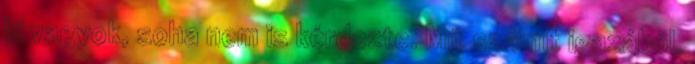
ki vagyok, soha nem is kérdezte. Mit számít igazából,